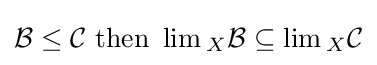
{\mathcal {B}}\leq {\mathcal {C}}{\text{ then }}\lim {}_{X}{\mathcal {B}}\subseteq \lim {}_{X}{\mathcal {C}}